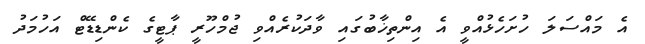
އެ މައްސަލަ ހުށަހެޅުއްވީ އެ އިންތިޚާބުގައި ވާދަކުރެއްވި ޖުމްހޫރީ ޕާޓީގެ ކެންޑިޑޭޓް އަހުމަދު